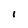
Character: l